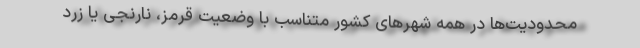
محدودیت‌ها در همه شهر‌های کشور متناسب با وضعیت قرمز، نارنجی یا زرد